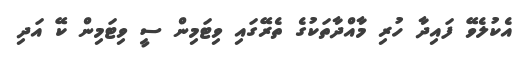
އެކުލެވޭ ފައިދާ ހުރި މާއްދާތަކުގެ ތެރޭގައި ވިޓަމިން ސީ ވިޓަމިން ކޭ އަދި